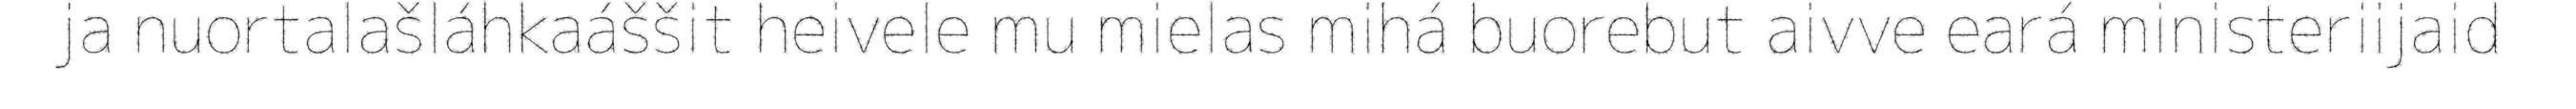
ja nuortalašláhkaáššit heivele mu mielas mihá buorebut aivve eará ministeriijaid